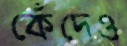
কেঁদেও